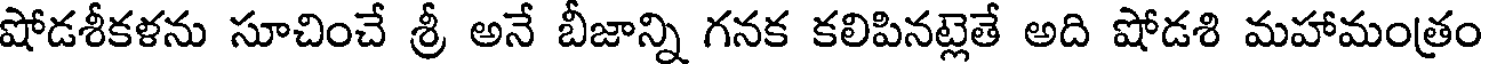
షోడశీకళను సూచించే శ్రీ అనే బీజాన్ని గనక కలిపినట్లెతే అది షోడశి మహామంత్రం